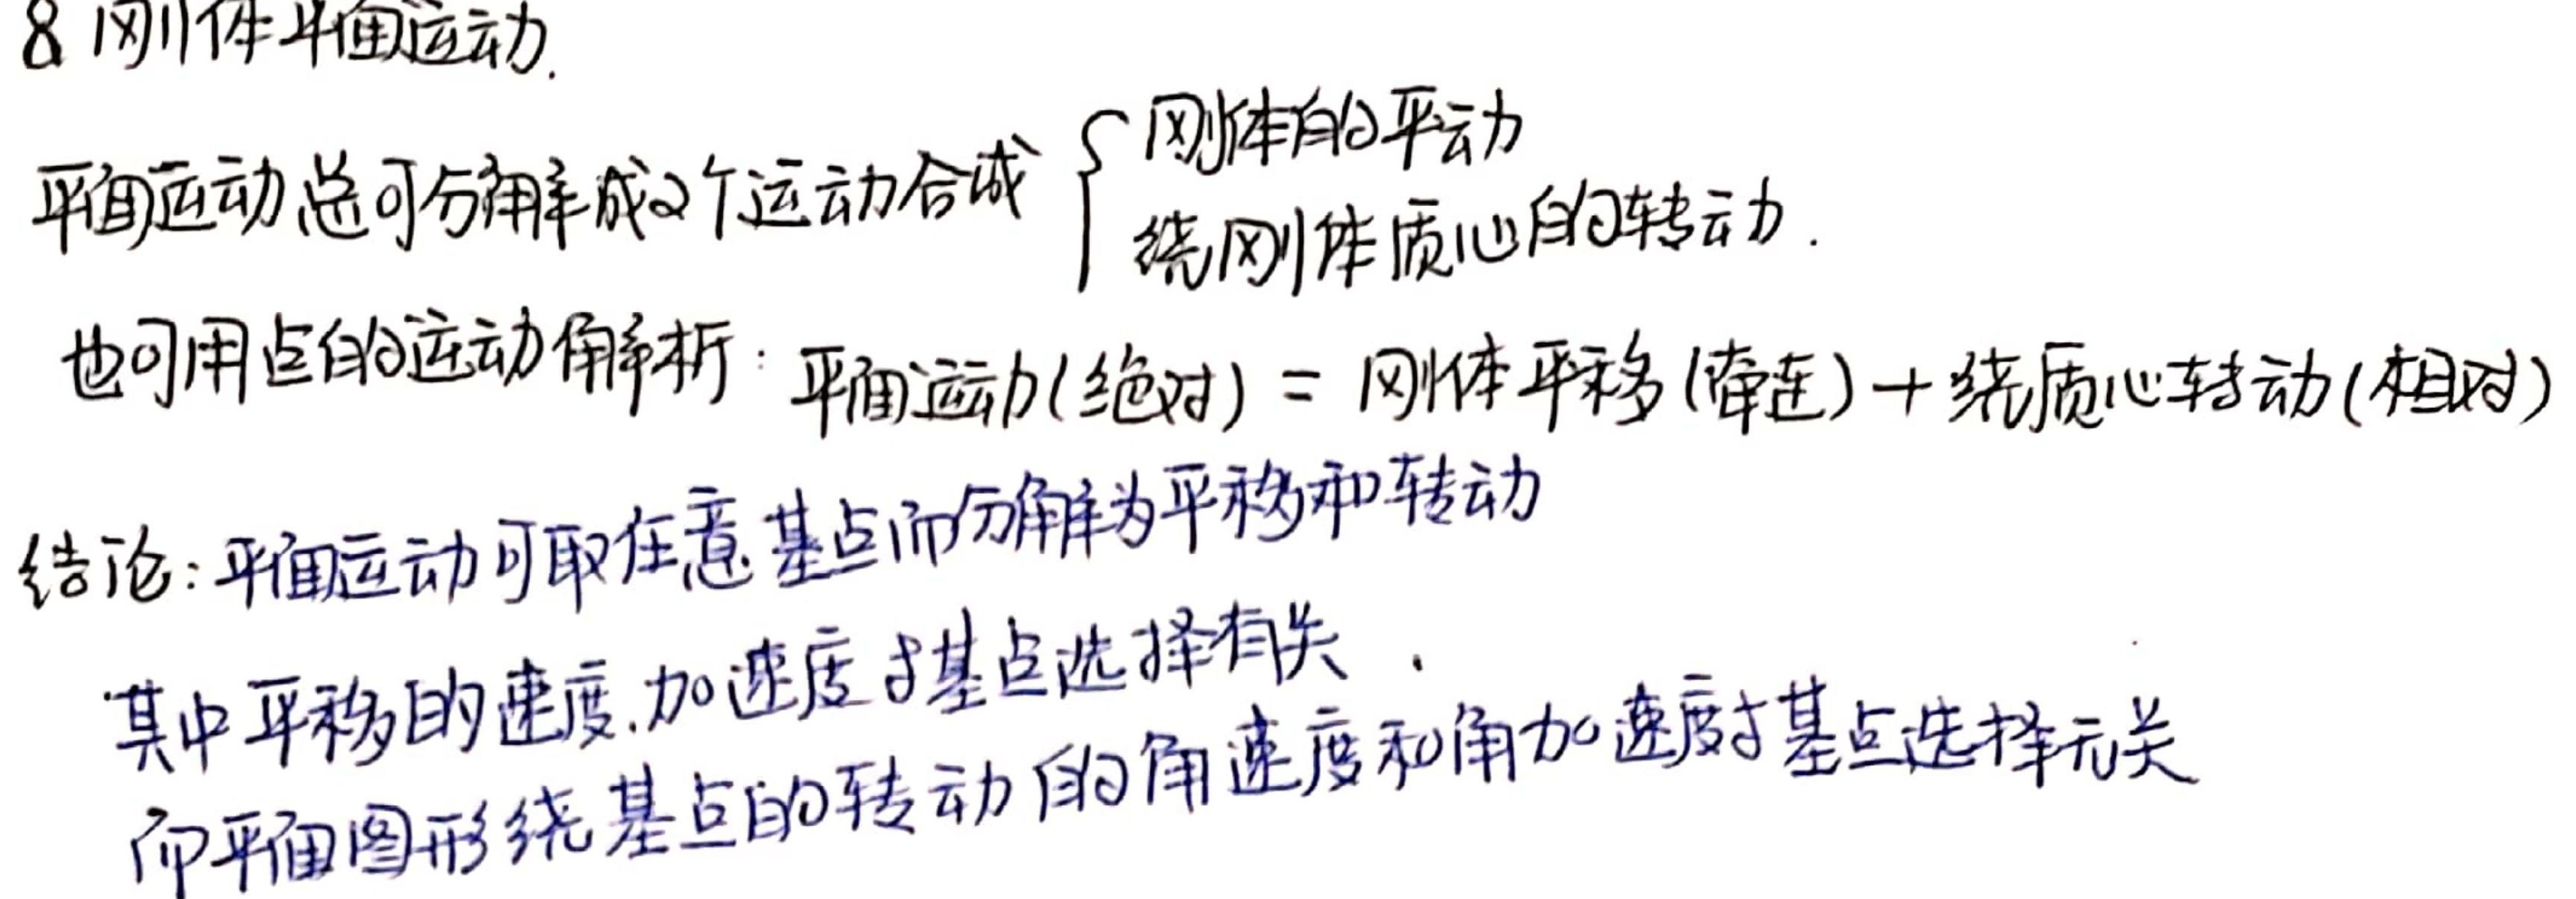
8. 刚体平面运动. 平面运动总可分解成2个运动合成
\[
\begin{cases}
\text{刚体的平动} \\
\text{绕刚体质心的转动}
\end{cases}
\]
也可用点的运动解析：平面运动(绝对) = 刚体平移(牵连)+绕质心转动(相对)。结论：平面运动可取任意基点而分解为平移和转动，其中平移的速度、加速度与基点选择有关，而平面图形绕基点的转动的角速度和角加速度与基点选择无关。